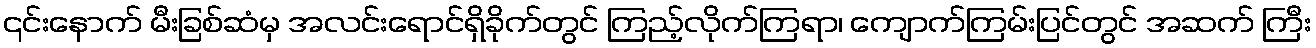
၎င်းနောက် မီးခြစ်ဆံမှ အလင်းရောင်ရှိခိုက်တွင် ကြည့်လိုက်ကြရာ၊ ကျောက်ကြမ်းပြင်တွင် အဆက် ကြီး